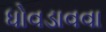
ધોવડાવવા